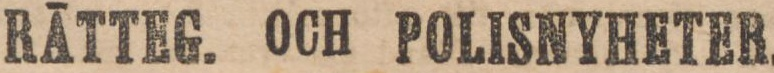
RĀTTEG. OCH POLISNYHETER.